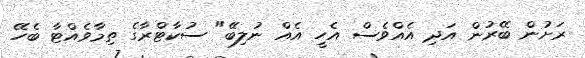
ރަށުން ބޭރުން އަދި އެއްވެސް އެހީ އެއް ނުލިބޭ" ސުކާޓްރާގެ ތިމާވެއްޓާ ބެހޭ